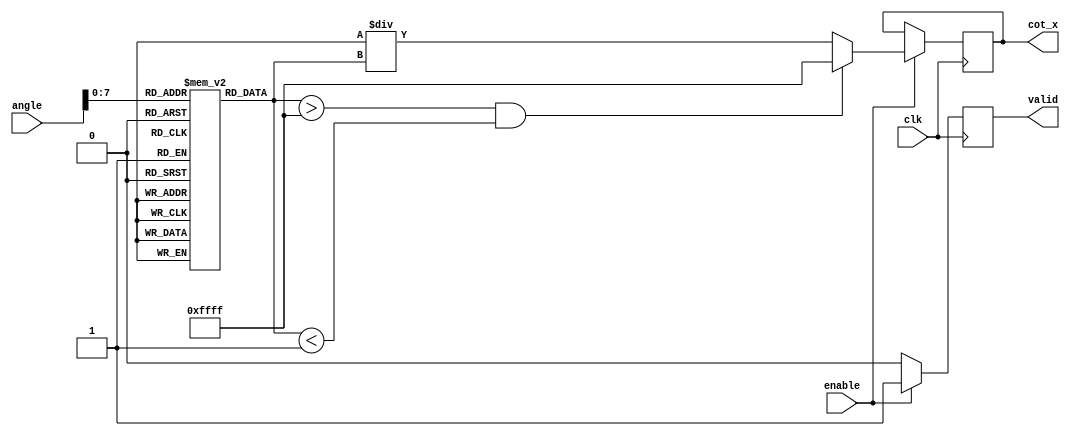
module cotangent (
    input wire [15:0] angle,    // 16-bit fixed-point input for angle (in radians)
    input wire clk,             // Clock signal
    input wire enable,          // Enable signal for computation
    output reg [15:0] cot_x,    // 16-bit fixed-point output for cotangent value
    output reg valid            // Output valid signal
);

// Internal signals
reg [15:0] tan_x;             // Internal signal for tangent value
reg [15:0] tan_x_inv;         // Inverse of tangent
reg [15:0] zero_threshold = 16'h0001; // Small value to avoid division by zero

// Lookup table for tan(x) for demonstration purpose
// This should be filled with appropriate pre-computed values for angles
reg [15:0] tan_lookup [0:255]; // Assuming 256 entries for 0 to 2 range

// Initialization of the lookup table (example values)
initial begin
    // Populate with some example tangent values
    tan_lookup[0] = 16'h0000; // tan(0)
    tan_lookup[64] = 16'h0001; // tan(/4)
    tan_lookup[128] = 16'h0000; // tan()
    tan_lookup[192] = 16'hFFFF; // tan(3/4) (inverted)
    tan_lookup[255] = 16'hFFFF; // tan(2) (inverted)
end

// Compute cotangent on the rising edge of clock
always @(posedge clk) begin
    if (enable) begin
        // Normalize angle to range [0, 2] (assuming angle is in radians)
        // In practice, you would also need to handle input angles greater than 2 or less than 0.

        // Get tangent value from lookup table
        tan_x = tan_lookup[angle[7:0]]; // Using lower 8 bits to index the LUT

        // Check for zero tangent (cotangent undefined)
        if (tan_x > -zero_threshold && tan_x < zero_threshold) begin
            cot_x = 16'hFFFF; // Return a predefined error value for cot(x) undefined (could use 'inf' or similar)
        end else begin
            // Calculate reciprocal of tan(x)
            tan_x_inv = (16'h0001 << 16) / tan_x; // Calculate 1/tan(x) in fixed-point
            cot_x = tan_x_inv; // Assign to output
        end

        valid <= 1'b1; // Set output valid signal
    end else begin
        valid <= 1'b0; // Reset valid signal when not enabled
    end
end

endmodule